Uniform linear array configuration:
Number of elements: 12
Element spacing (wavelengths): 0.5
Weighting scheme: binomial
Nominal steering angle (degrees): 45
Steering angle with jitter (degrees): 43.58
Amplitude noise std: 0.05
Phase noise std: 0.05

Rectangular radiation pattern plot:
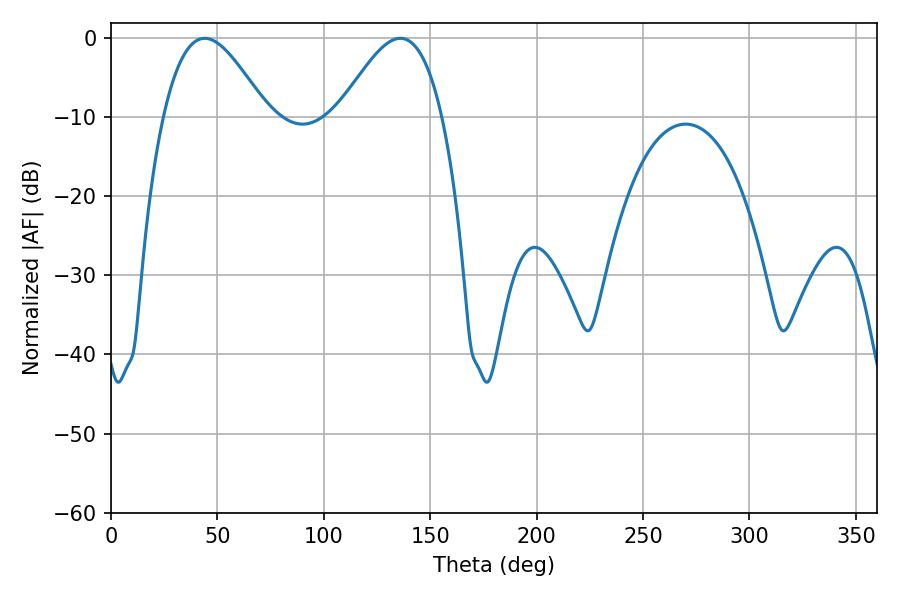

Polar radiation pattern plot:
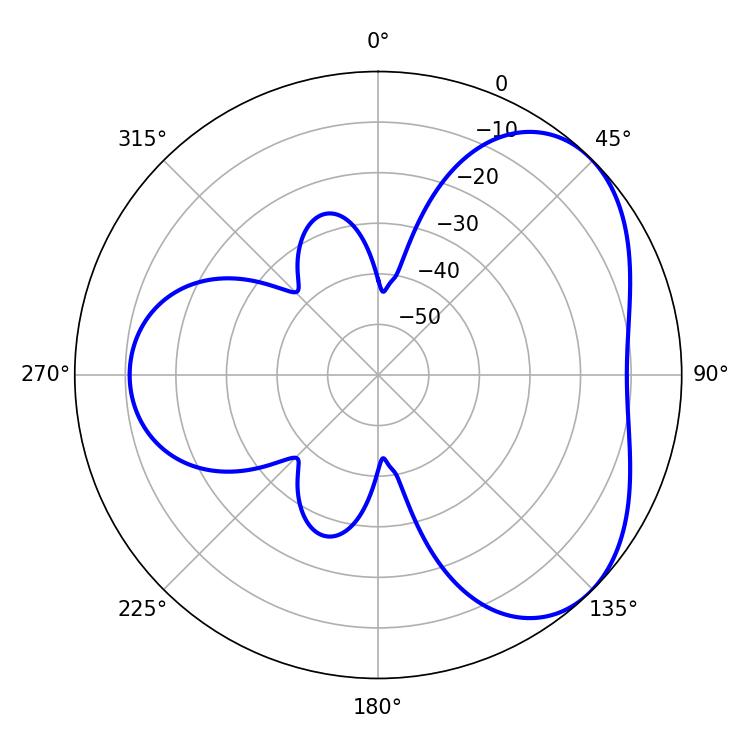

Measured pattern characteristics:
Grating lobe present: FALSE
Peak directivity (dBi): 4.507
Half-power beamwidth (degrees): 26.1
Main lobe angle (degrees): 44.1